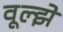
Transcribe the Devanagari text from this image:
वूल्झे